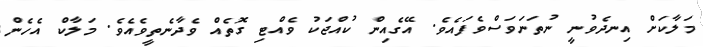
މަލާކަށް އިނދެވުނީ ނުތަނަވަސްވެފައެވެ. އޭގެއިން ކުއްޖަކު ވެއްޓި ގޮތެއް ވެދާނެތީވެއެވެ. މަލާކް އެހެން